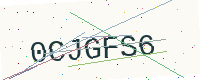
Text: 0CJGFS6